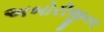
અબોરીજીનલ